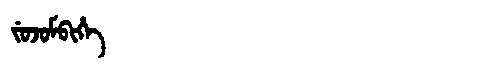
Manchu: ᠵᡠᠵᡠᠮᠪᡳᡥᡝ
Romanization: JUJUMBIHE